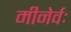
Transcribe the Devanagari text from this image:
मीनेर्वः